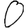
Digit: 0